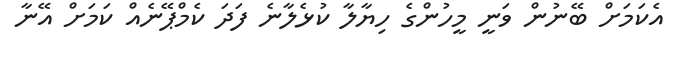
އެކަމަށް ބޭނުން ވަނީ މީހުންގެ ހިޔާލާ ކުޅެލާނެ ފަދަ ކެމްޕޭނެއް ކަމަށް އޭނާ